Indian journal of veterinary science and animal husbandry - Volumes 26-27, 1956-1957
Year: 1956
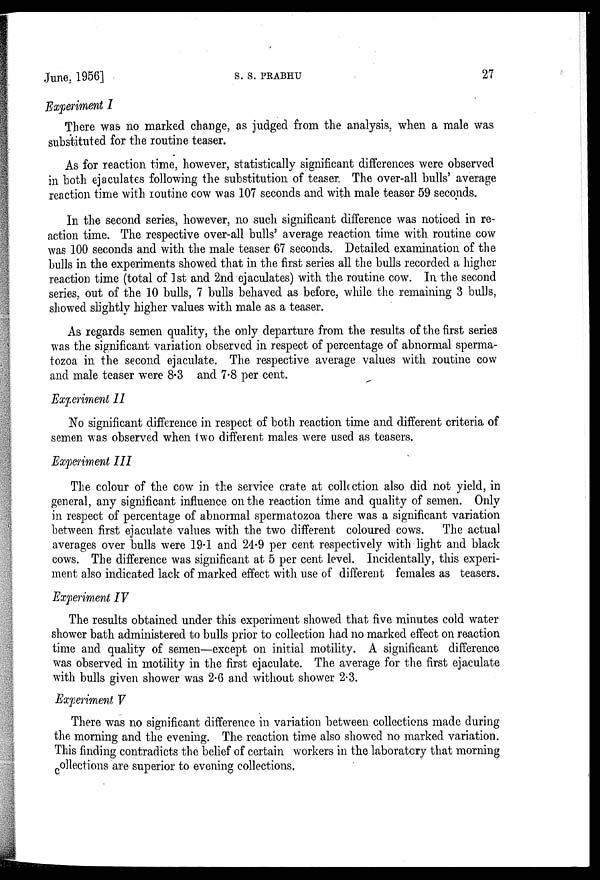
June, 1956]
S.
S.
PRABHU
27
Experiment I
There was no marked change, as judged from the analysis, when a male was
substituted for the routine teaser.
As for reaction time, however, statistically significant differences were observed
in both ejaculates following the substitution of teaser. The over-all bulls' average
reaction time with routine cow was 107 seconds and with male teaser 59 seconds.
In the second series, however, no such significant difference was noticed in re-
action time. The respective over-all bulls' average reaction time with routine cow
was 100 seconds and with the male teaser 67 seconds. Detailed examination of the
bulls in the experiments showed that in the first series all the bulls recorded a higher
reaction time (total of 1st and 2nd ejaculates) with the routine cow. In the second
series, out of the 10 bulls, 7 bulls behaved as before, while the remaining 3 bulls,
showed slightly higher values with male as a teaser.
As regards semen quality, the only departure from the results of the first series
was the significant variation observed in respect of percentage of abnormal sperma-
tozoa in the second ejaculate. The respective average values with routine cow
and male teaser were 8.3 and 7.8 per cent.
Experiment II
No significant difference in respect of both reaction time and different criteria of
semen was observed when two different males were used as teasers.
Experiment III
The colour of the cow in the service crate at collection also did not yield, in
general, any significant influence on the reaction time and quality of semen. Only
in respect of percentage of abnormal spermatozoa there was a significant variation
between first ejaculate values with the two different coloured cows. The actual
averages over bulls were 19.1 and 24.9 per cent respectively with light and black
cows. The difference was significant at 5 per cent level. Incidentally, this experi-
ment also indicated lack of marked effect with use of different females as teasers.
Experiment IV
The results obtained under this experiment showed that five minutes cold water
shower bath administered to bulls prior to collection had no marked effect on reaction
time and quality of semen—except on initial motility. A significant difference
was observed in motility in the first ejaculate. The average for the first ejaculate
with bulls given shower was 2.6 and without shower 2.3.
Experiment V
There was no significant difference in variation between collections made during
the morning and the evening. The reaction time also showed no marked variation.
This finding contradicts the belief of certain workers in the laboratory that morning
collections are superior to evening collections,